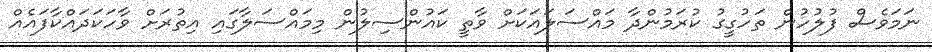
ނަމަވެސް ފުލުހުން ތަހުގީގު ކުރަމުންދާ މައްސަލައަކަަށް ވާތީ ކައުންސިލުން މިމައްސަލާގައި އިތުރަށް ވާހަކަދައްކާފައެއް